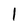
Character: l